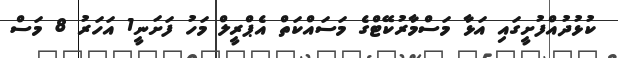
ކުޅުދުއްފުށީގައި އަޅާ މަސްމާރުކޭޓްގެ މަސައްކަތް އެޕްރީލް މަހު ފަށަނީ1 އަހަރު 8 މަސް